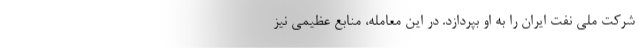
شرکت ملی نفت ایران را به او بپردازد. در این معامله، منابع عظیمی نیز